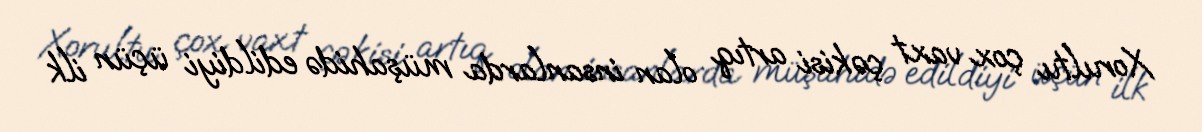
Xorultu çox vaxt çəkisi artıq olan insanlarda müşahidə edildiyi üçün ilk